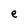
Character: e